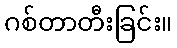
ဂစ်တာတီးခြင်း။